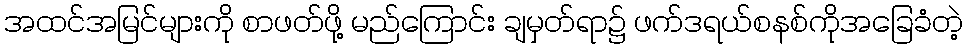
အထင်အမြင်များကို စာဖတ်ဖို့ မည်ကြောင်း ချမှတ်ရာ၌ ဖက်ဒရယ်စနစ်ကိုအခြေခံတဲ့